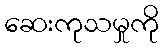
ဆေးကုသမှုကို